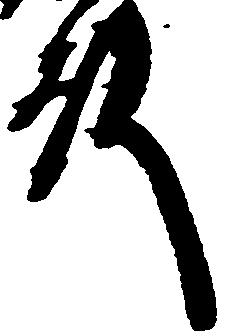
殿